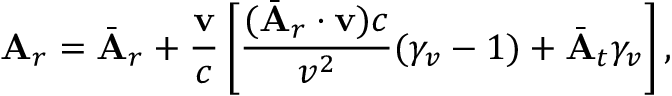
\mathbf { A } _ { r } = \bar { \mathbf { A } } _ { r } + \frac { \mathbf { v } } { c } \left[ \frac { ( \bar { \mathbf { A } } _ { r } \cdot \mathbf { v } ) c } { v ^ { 2 } } ( \gamma _ { v } - 1 ) + \bar { \mathbf { A } } _ { t } \gamma _ { v } \right] ,